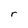
Character: r